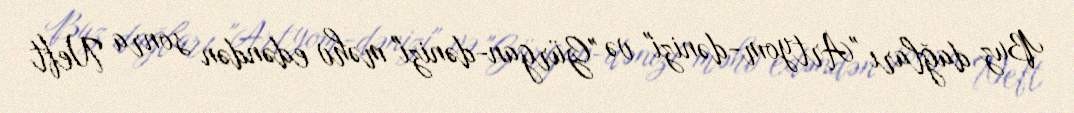
Buz dağları "Artyom-dənizi" və "Gürgan-dənizi" məhv edəndən sonra Neft